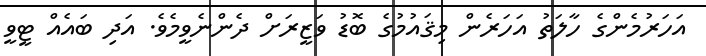
އަހަރުމެންގެ ހާލަތު އަހަރެން މިޤައުމުގެ ބޮޑު ވަޒީރަށް ދެންނެވީމެވެ. އަދި ބައެއް ޓީވީ